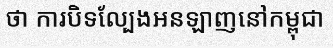
ថា ការបិទល្បែងអនឡាញនៅកម្ពុជា